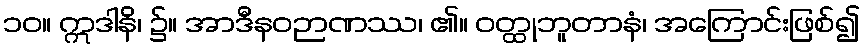
၁၀။ ဣဒါနိ၊ ၌။ အာဒီနဝဉာဏဿ၊ ၏။ ဝတ္ထုဘူတာနံ၊ အကြောင်းဖြစ်၍